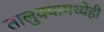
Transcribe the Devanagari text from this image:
तालुक्यामध्येही